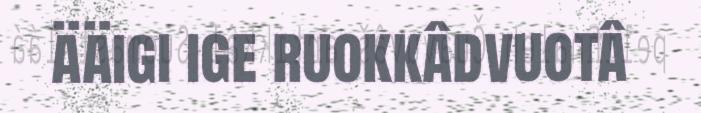
ääigi ige ruokkâdvuotâ